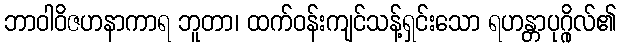
ဘာဝါဝိဇဟနာကာရ ဘူတာ၊ ထက်ဝန်းကျင်သန့်ရှင်းသော ရဟန္တာပုဂ္ဂိုလ်၏